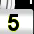
Digit: 5